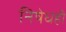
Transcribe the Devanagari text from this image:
निषेधही